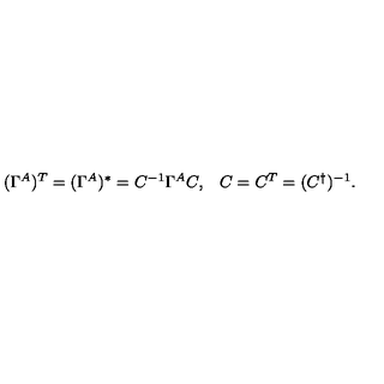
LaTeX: \begin{array} { l l } { ( \Gamma ^ { A } ) { } ^ { T } = ( \Gamma ^ { A } ) { } ^ { \ast } = { C } ^ { - 1 } \Gamma ^ { A } { C } , } & { C = C ^ { T } = ( C ^ { \dagger } ) ^ { - 1 } . } \\ \end{array}